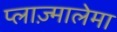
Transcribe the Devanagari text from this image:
प्लाज़्मालेमा